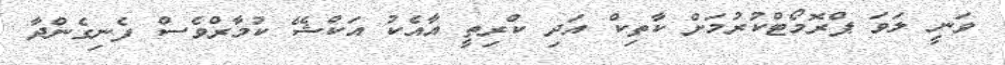
ވަނީ ލަވަ ޕްރޮމޯޓްކުރުމަށް ކާތިކް އަދި ކްރިތީ އާއެކު އަކްޝޭ ކުމާރްވެސް ފެނިގެންދާ